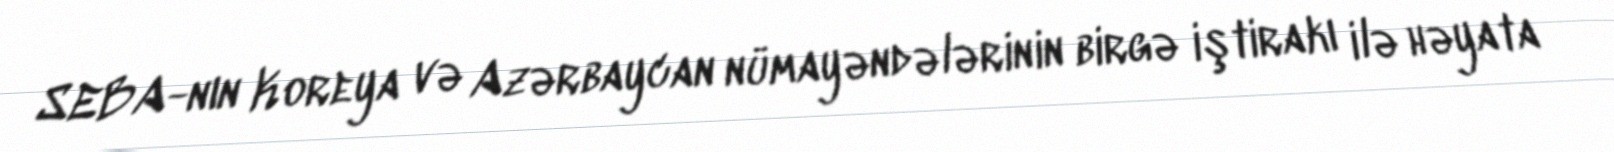
SEBA-nın Koreya və Azərbaycan nümayəndələrinin birgə iştirakı ilə həyata